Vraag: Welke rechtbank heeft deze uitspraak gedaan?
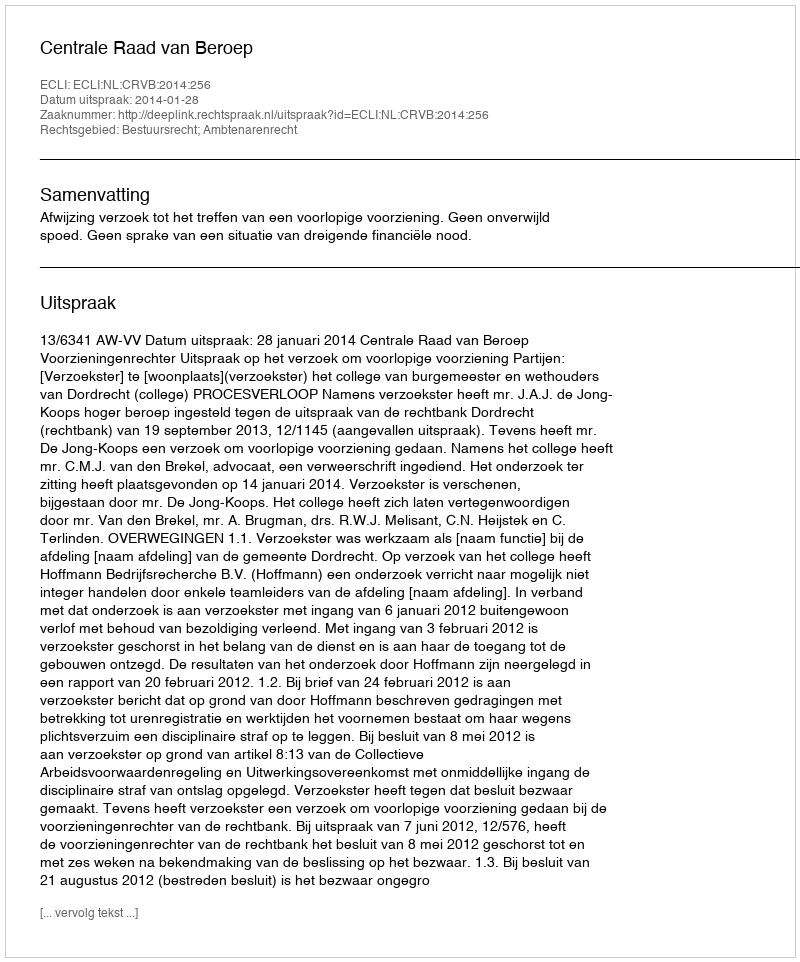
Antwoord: Centrale Raad van Beroep